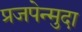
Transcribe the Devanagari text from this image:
प्रजपेन्मुदा